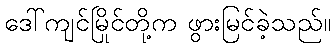
ဒေါ်ကျင်မြိုင်တို့က ဖွားမြင်ခဲ့သည်။